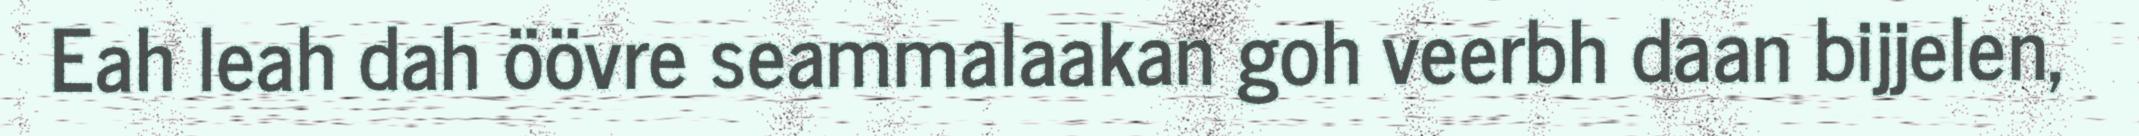
Eah leah dah öövre seammalaakan goh veerbh daan bijjelen,